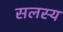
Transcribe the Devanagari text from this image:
सलस्य